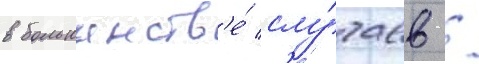
в большинств'е́ слу́чаев /